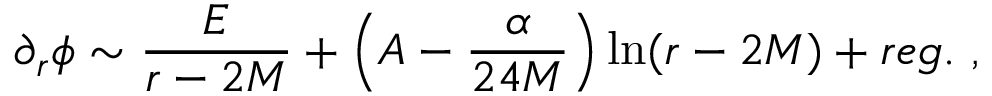
\partial _ { r } \phi \sim \frac { E } { r - 2 M } + \left( A - \frac { \alpha } { 2 4 M } \right) \ln ( r - 2 M ) + r e g . \ ,